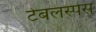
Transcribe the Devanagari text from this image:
टेबलस्पेस